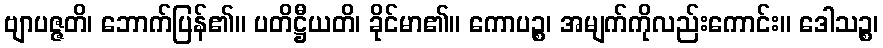
ဗျာပဇ္ဇတိ၊ ဘောက်ပြန်၏။ ပတိဋ္ဌီယတိ၊ ခိုင်မာ၏။ ကောပဉ္စ၊ အမျက်ကိုလည်းကောင်း။ ဒေါသဉ္စ၊